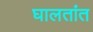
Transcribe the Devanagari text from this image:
घालतांत